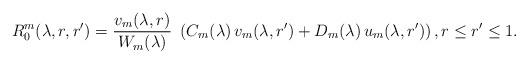
LaTeX: \begin{align*} R_0^m(\lambda, r,r') & = \frac{v_m(\lambda,r)}{W_m(\lambda)} \ \left( C_m(\lambda)\, v_m(\lambda,r')+D_m(\lambda)\, u_m(\lambda, r') \right), r\leq r'\leq1.\end{align*}